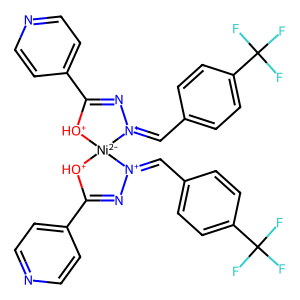
SMILES: FC(F)(F)c1ccc(C=[N+]2N=C(c3ccncc3)[OH+][Ni-2]23[OH+]C(c2ccncc2)=N[N+]3=Cc2ccc(C(F)(F)F)cc2)cc1
Inhibits HIV replication: No